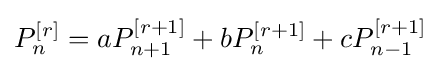
P_{n}^{[r]}=aP_{n+1}^{[r+1]}+bP_{n}^{[r+1]}+cP_{n-1}^{[r+1]}